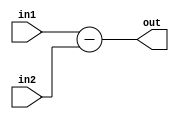
/* Module: subu (unsigned subtraction)
 * Description: Adds 2 numbers.
 * Parameters: L1 - length of input 1
 *             L2 - length of input 2
 */

module subu        #(parameter L1 = 8,
                    parameter L2 = 8)
                    
                    (input [L1-1:0] in1,
                    input [L2-1:0] in2,
                    output wire [((L1>L2)?L1 : L2):0] out);
                    
  assign out = in1 - in2;
endmodule